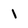
Character: 1